Annual returns of the Patna Lunatic Asylum at Bankipore in Bihar and Orissa - 1912-1924
Year: 1912
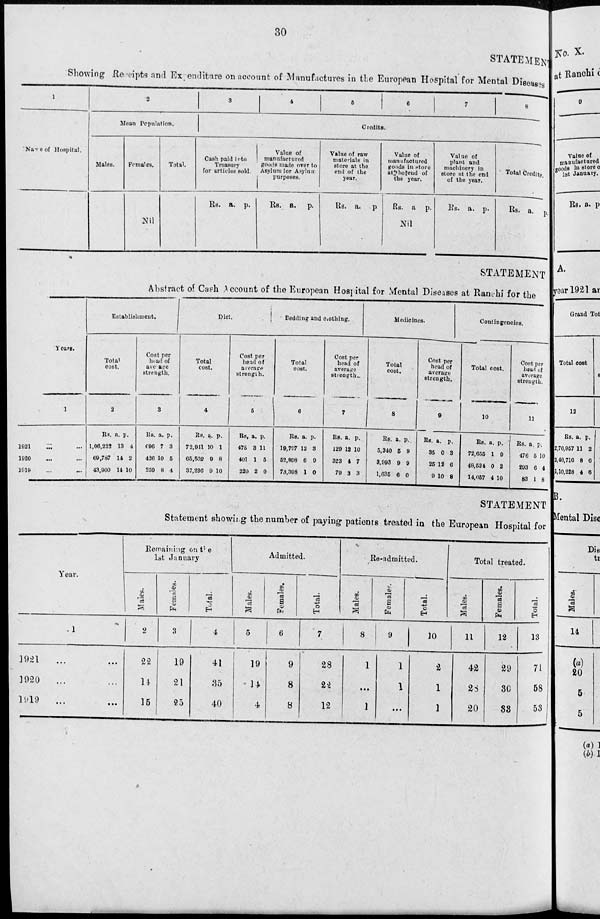
30
STATEMENT
Showing Receipts and Expenditure on account of Manufactures in the European Hospital for Mental Diseases
1
Name of Hospital.
2
Mean Population.
Males.
Females.
Nil
Total.
3
4
5
6
7
8
Credits.
Cash paid into
Treasury
for articles sold.
Rs. a. p.
Value of
manufactured
goods made over to
Asylum for Asylum
purposes.
Rs. a. p.
Value of raw
materials in
store at the
end of the
year.
Rs. a. p.
Value of
manufactured
goods in store
at the end of
the year.
Rs. a. p.
Nil
Value of
plant and
machinery in
store at the end
of the year.
Rs. a. p.
Total Credits.
Rs. a. p.
STATEMENT
Abstract of Cash Account of the European Hospital for Mental Diseases at Ranchi for the
Years.
1
1921
... ...
1920 ... ...
1919 ... ...
Establishment.
Total
cost.
2
Rs.
1,06,222
69,787
43,900
a.
13
14
14
p.
4
2
10
Cost per
head of
average
strength.
3
Rs.
696
426
259
a.
7
10
8
p.
3
5
4
Diet.
Total
cost.
4
Rs.
72,941
65,502
37,236
a.
10
9
9
p.
1
8
10
Cost per
head of
average
strength.
5
Rs.
478
401
220
a.
3
1
2
p.
11
5
0
Bedding and clothing.
Total
cost.
6
Rs.
19,797
52,898
73,398
a.
12
6
1
p.
3
9
0
Cost per
head of
average
strength.
7
Rs.
129
323
79
a.
12
4
3
p.
10
7
3
Medicines.
Total
cost.
8
Rs.
5,340
3,993
1,035
a.
5
9
6
p.
9
9
0
Cost per
head of
average
strength.
9
Rs.
35
25
9
a.
0
12
10
p.
3
6
8
Contingencies.
Total cost.
10
Rs.
72,655
48,534
14,057
a.
1
0
4
p.
9
2
10
Cost per
head of
average
strength.
11
Rs.
476
293
83
a.
5
6
1
p.
10
4
8
STATEMENT
Statement showing the number of paying patients treated in the European Hospital for
Year.
1
1921 ... ...
1920 ... ...
1919
... ...
Remainng on the
1st January.
Males.
2
22
14
15
Females.
3
19
21
25
Total.
4
41
35
40
Admitted.
Males.
5
19
14
4
Females.
6
9
8
8
Total.
7
28
22
12
Re-admitted.
Males.
8
1
...
1
Females.
9
1
1
...
Total.
10
2
1
1
Total treated.
Males.
11
42
28
20
Females.
12
29
30
33
Total.
13
71
58
53